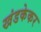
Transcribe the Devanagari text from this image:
खंडकेकर